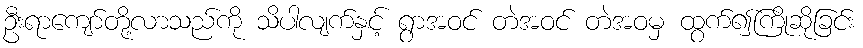
ဦးရာကျော်တို့လာသည်ကို သိပါလျက်နှင့် ရွာအဝင် တဲအဝင် တဲအဝမှ ထွက်၍ကြိုဆိုခြင်း